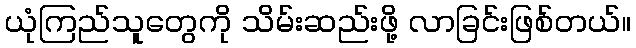
ယုံကြည်သူတွေကို သိမ်းဆည်းဖို့ လာခြင်းဖြစ်တယ်။